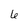
Character: 6